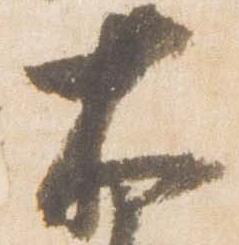
大